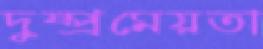
দুষ্প্রমেয়তা